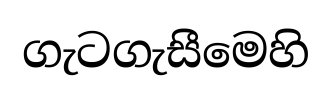
ගැටගැසීමෙහි